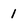
Character: 1